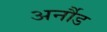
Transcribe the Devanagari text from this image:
अर्नौड